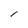
Character: l